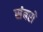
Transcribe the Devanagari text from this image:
संबसे